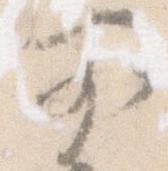
前